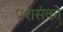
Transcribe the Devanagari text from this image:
प्रशसंको